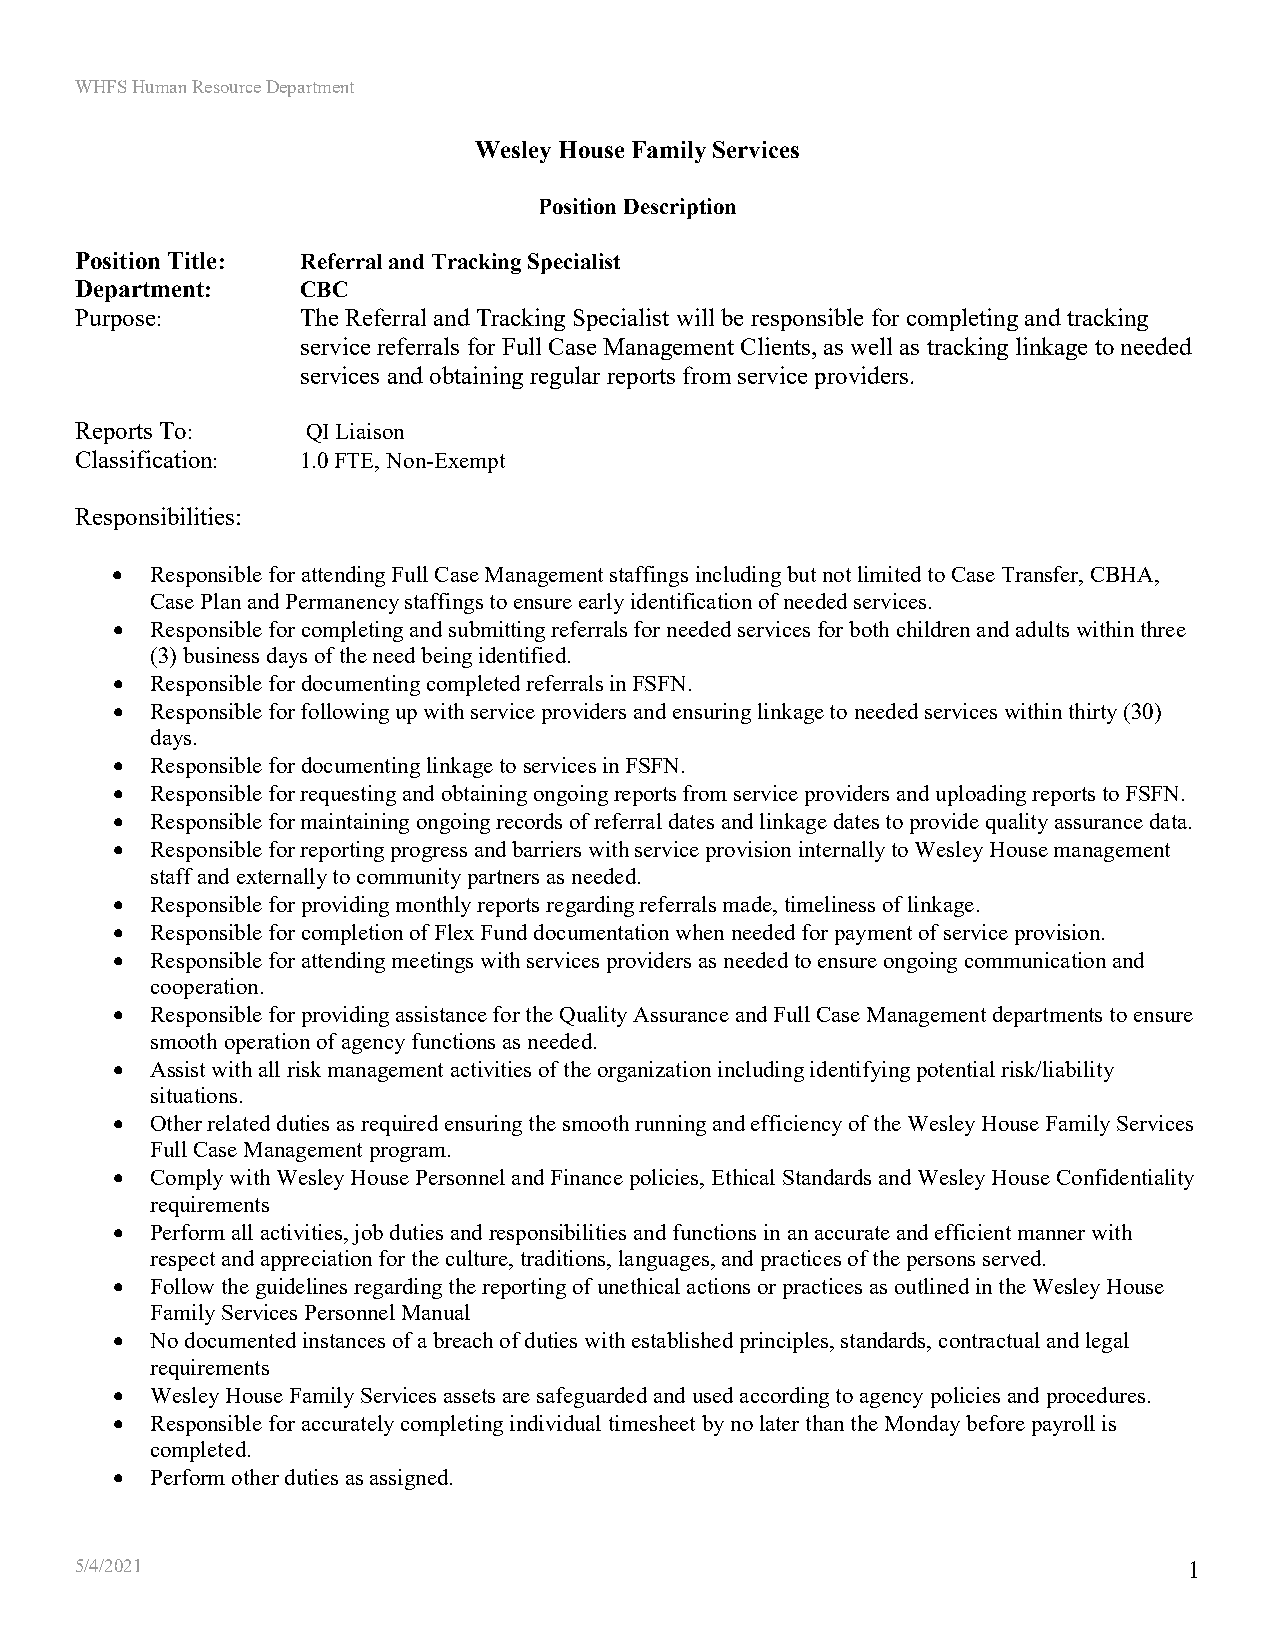
WHFS Human Resource Department
 Wesley House Family Services
 Position Description
 Position Title: Referral and Tracking Specialist
 Department:    CBC
 Purpose:       The Referral and Tracking Specialist will be responsible for completing and tracking
 service referrals for Full Case Management Clients, as well as tracking linkage to needed
 services and obtaining regular reports from service providers.
 Reports To:    QI Liaison
 Classification: 1.0 FTE, Non-Exempt
 Responsibilities:
 •  Responsible for attending Full Case Management staffings including but not limited to Case Transfer, CBHA,
 Case Plan and Permanency staffings to ensure early identification of needed services.
 •  Responsible for completing and submitting referrals for needed services for both children and adults within three
 (3) business days of the need being identified.
 •  Responsible for documenting completed referrals in FSFN.
 •  Responsible for following up with service providers and ensuring linkage to needed services within thirty (30)
 days.
 •  Responsible for documenting linkage to services in FSFN.
 •  Responsible for requesting and obtaining ongoing reports from service providers and uploading reports to FSFN.
 •  Responsible for maintaining ongoing records of referral dates and linkage dates to provide quality assurance data.
 •  Responsible for reporting progress and barriers with service provision internally to Wesley House management
 staff and externally to community partners as needed.
 •  Responsible for providing monthly reports regarding referrals made, timeliness of linkage.
 •  Responsible for completion of Flex Fund documentation when needed for payment of service provision.
 •  Responsible for attending meetings with services providers as needed to ensure ongoing communication and
 cooperation.
 •  Responsible for providing assistance for the Quality Assurance and Full Case Management departments to ensure
 smooth operation of agency functions as needed.
 •  Assist with all risk management activities of the organization including identifying potential risk/liability
 situations.
 •  Other related duties as required ensuring the smooth running and efficiency of the Wesley House Family Services
 Full Case Management program.
 •  Comply with Wesley House Personnel and Finance policies, Ethical Standards and Wesley House Confidentiality
 requirements
 •  Perform all activities, job duties and responsibilities and functions in an accurate and efficient manner with
 respect and appreciation for the culture, traditions, languages, and practices of the persons served.
 •  Follow the guidelines regarding the reporting of unethical actions or practices as outlined in the Wesley House
 Family Services Personnel Manual
 •  No documented instances of a breach of duties with established principles, standards, contractual and legal
 requirements
 •  Wesley House Family Services assets are safeguarded and used according to agency policies and procedures.
 •  Responsible for accurately completing individual timesheet by no later than the Monday before payroll is
 completed.
 •  Perform other duties as assigned.
 5/4/2021                                                                  1